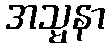
အသ္မနာ